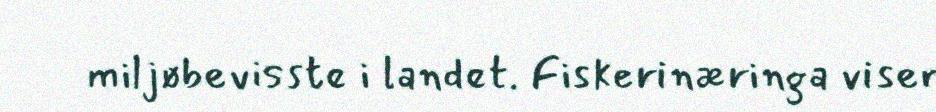
miljøbevisste i landet. Fiskerinæringa viser